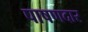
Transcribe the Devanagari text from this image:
पाषणदार